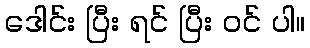
ဒေါင်း ပြီး ရင် ပြီး ဝင် ပါ။